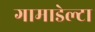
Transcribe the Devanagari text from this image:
गामाडेल्टा